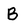
Character: B